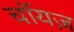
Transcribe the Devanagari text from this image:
चॉयज़